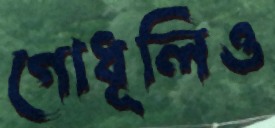
গোধূলিও